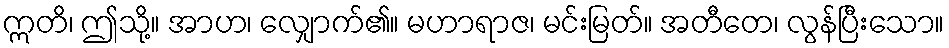
ဣတိ၊ ဤသို့။ အာဟ၊ လျှောက်၏။ မဟာရာဇ၊ မင်းမြတ်။ အတီတေ၊ လွန်ပြီးသော။